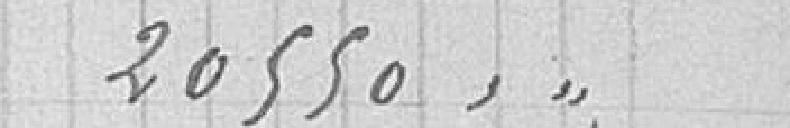
20550